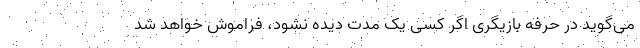
می‌گوید در حرفه بازیگری اگر کسی یک مدت دیده نشود، فراموش خواهد شد